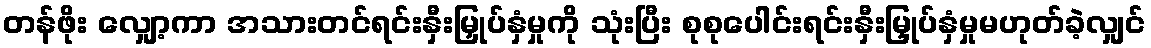
တန်ဖိုး လျှော့ကာ အသားတင်ရင်းနှီးမြှုပ်နှံမှုကို သုံးပြီး စုစုပေါင်းရင်းနှီးမြှုပ်နှံမှုမဟုတ်ခဲ့လျှင်